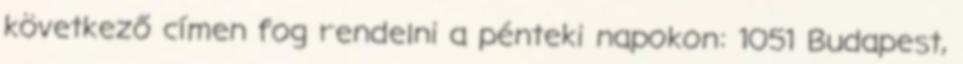
következő címen fog rendelni a pénteki napokon: 1051 Budapest,